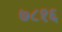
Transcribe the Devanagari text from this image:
७८१६